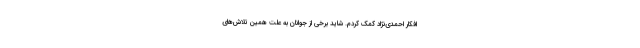
افکار احمدی‌نژاد کمک کردم. شاید برخی از جوانان به علت همین تلاش‌های